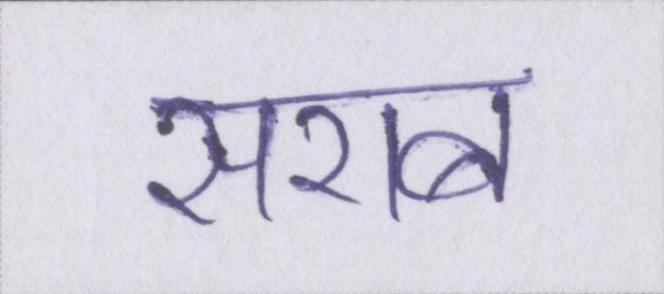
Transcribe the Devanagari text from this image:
सराब